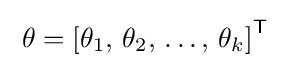
\;\theta =\left[\theta _{1},\,\theta _{2},\,\ldots ,\,\theta _{k}\right]^{\mathsf {T}}\;